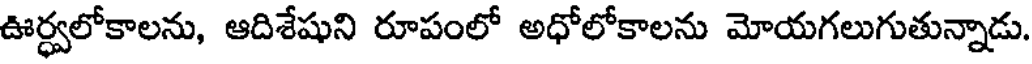
ఊర్ధ్వలోకాలను, ఆదిశేషుని రూపంలో అధోలోకాలను మోయగలుగుతున్నాడు.